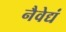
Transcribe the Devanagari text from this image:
नैवेद्यं